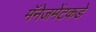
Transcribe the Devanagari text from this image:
मॅनेजमेंटकडे